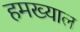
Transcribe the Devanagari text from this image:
हमख्याल